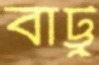
বাট্টু